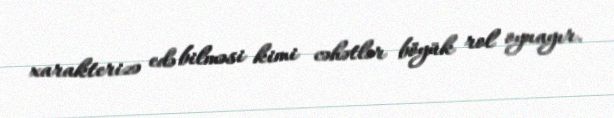
xarakterizə edə bilməsi kimi cəhətlər böyük rol oynayır.